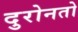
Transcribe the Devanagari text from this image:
दुरोनतो